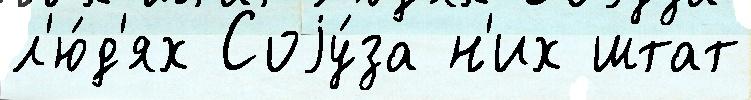
л'ю́д'ях Соjу́за н'их штат